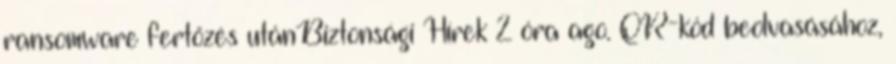
ransomware fertőzés utánBiztonsági Hírek 2 óra ago. QR-kód beolvasásához,